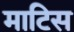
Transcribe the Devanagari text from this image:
माटिस